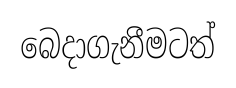
බෙදාගැනීමටත්